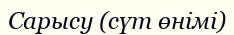
Сарысу (сүт өнімі)